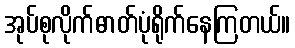
အုပ်စုလိုက်ဓာတ်ပုံရိုက်နေကြတယ်။